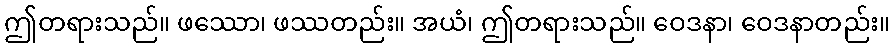
ဤတရားသည်။ ဖဿော၊ ဖဿတည်း။ အယံ၊ ဤတရားသည်။ ဝေဒနာ၊ ဝေဒနာတည်း။